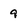
Character: 9